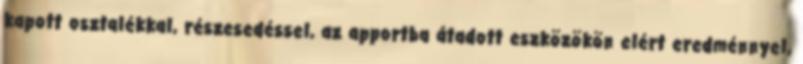
kapott osztalékkal, részesedéssel, az apportba átadott eszközökön elért eredménnyel,